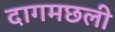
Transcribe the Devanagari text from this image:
दागमछली